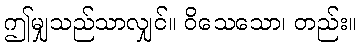
ဤမျှသည်သာလျှင်။ ဝိသေသော၊ တည်း။